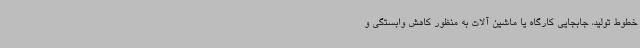
خطوط تولید، جابجایی کارگاه یا ماشین ‌آلات به منظور کاهش وابستگی و